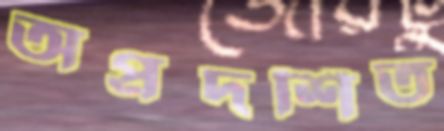
অপ্রদর্শিত